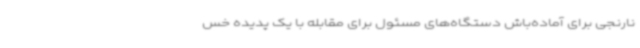
نارنجی برای آماده‌باش دستگاه‌های مسئول برای مقابله با یک پدیده خس